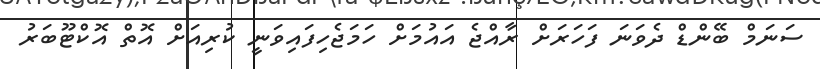
ސަނަމް ބޭންޑް ދެވަނަ ފަހަރަށް ރާއްޖެ އައުމަށް ހަމަޖެހިފައިވަނީ ކުރިއަށް އޮތް އޮކްޓޫބަރު